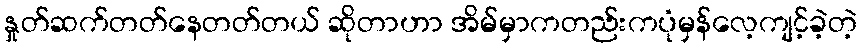
နှုတ်ဆက်တတ်နေတတ်တယ် ဆိုတာဟာ အိမ်မှာကတည်းကပုံမှန်လေ့ကျင့်ခဲ့တဲ့